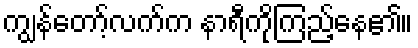
ကျွန်တော့်လက်က နာရီကိုကြည့်နေ၏။